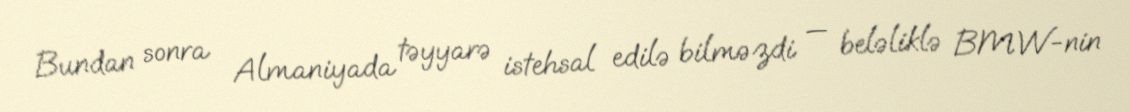
Bundan sonra Almaniyada təyyarə istehsal edilə bilməzdi — beləliklə BMW-nin